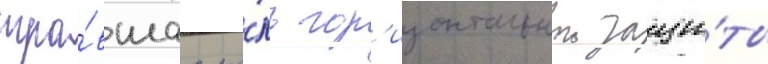
игра́вшаа ро́ль гор'изонтальнои защи́ты